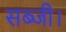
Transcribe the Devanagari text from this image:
सब्जी।